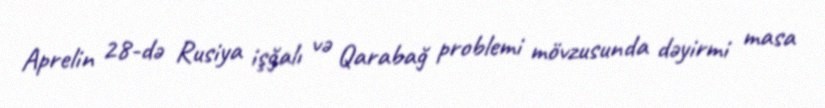
Aprelin 28-də Rusiya işğalı və Qarabağ problemi mövzusunda dəyirmi masa